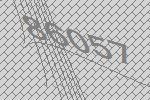
86057